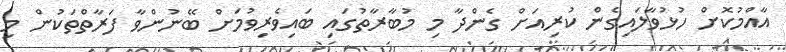
އާއްމުކޮށް ހުޅުވާލައިގެން ކުރިއަށް ގެންދާ މި މުބާރާތުގައި ބައިވެރިވުމަށް ބޭނުންވާ ފަރާތްތަކުން މި